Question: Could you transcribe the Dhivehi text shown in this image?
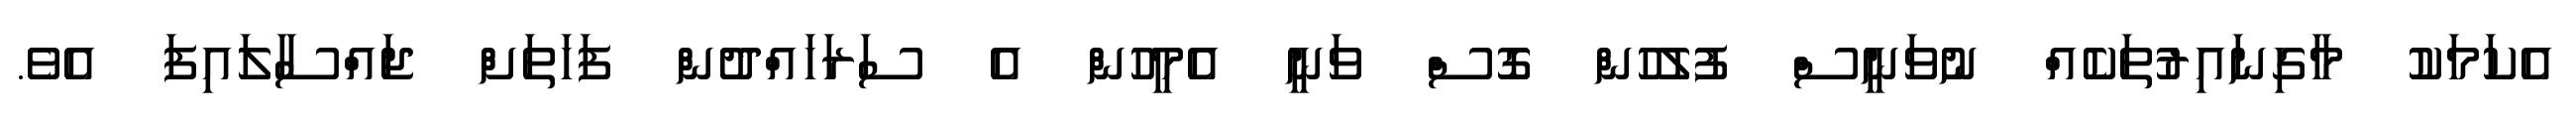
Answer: އެކަމަކު މާގިނައިރުތަކެއް ނުވަނީސް ފުލުހުން ގޮސް ވަނީ އެމީހުން އެ ސަރަހައްދުން ފަހަތަށް ޖައްސާލައިފަ އެވެ.